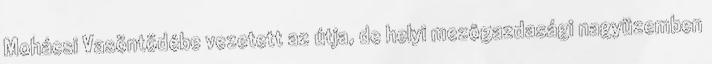
Mohácsi Vasöntödébe vezetett az útja, de helyi mezôgazdasági nagyüzemben